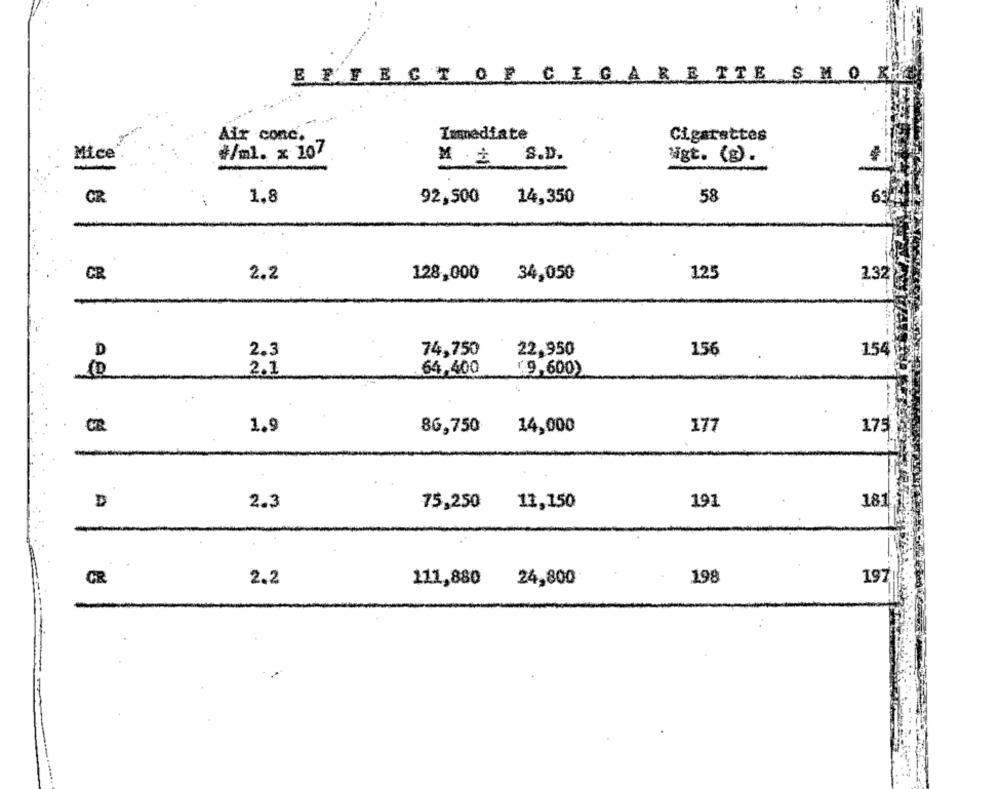
EFFECTOF CIGARETTE SMOKE
Air conc.
Immediate
Cigarettes
Mice
#/ml. x 107
S.D.
-
M .¿
ligt. (g).
CR
1,8
92,500
14,350
58
CR
2.2
128,000
34,050
125
2.32
D
2.3
74,750
22,950
156
1541
2.1
64,400
9,600)
1.9
86,750
14,000
177
175
-
D
2.3
75,250
11,150
191
181
CR
2.2
111,880
24,800
198
197|